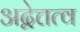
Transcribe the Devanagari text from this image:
अद्वेत्तत्व